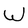
Character: W